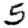
Digit: 5